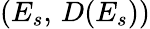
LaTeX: (E_{s},\, D(E_{s}))